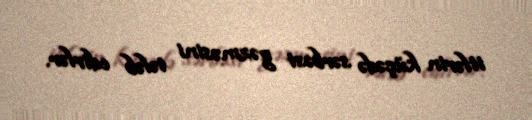
itlərin küçədə sərbəst gəzməsini tələb edirlər.